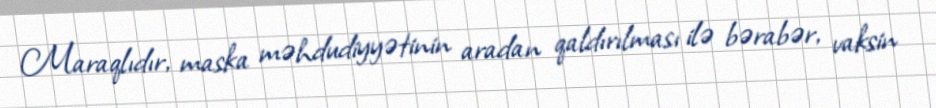
Maraqlıdır, maska məhdudiyyətinin aradan qaldırılması ilə bərabər, vaksin